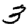
Digit: 3